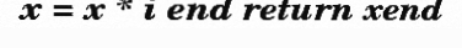
x = x * i end return xend